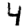
Digit: 4